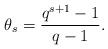
\begin{align*}\theta_s=\frac{q^{s+1}-1}{q-1}.\end{align*}